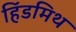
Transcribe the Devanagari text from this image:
हिंडमिथ